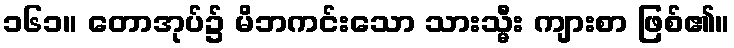
၁၆၁။ တောအုပ်၌ မိဘကင်းသော သားသ္မီး ကျားစာ ဖြစ်၏။